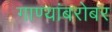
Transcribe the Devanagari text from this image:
गाण्यांबरोबर